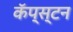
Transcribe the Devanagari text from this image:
कॅप्स्टन